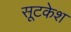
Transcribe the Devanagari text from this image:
सूटकेश